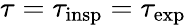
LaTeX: \tau=\tau_{\mathrm{insp}}=\tau_{\mathrm{exp}}